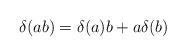
LaTeX: \begin{align*}\delta (a b) = \delta(a) b + a \delta (b)\end{align*}